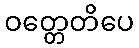
ဝတ္တေတိပေ